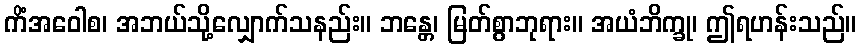
ကိံအဝေါစ၊ အဘယ်သို့လျှောက်သနည်း။ ဘန္တေ၊ မြတ်စွာဘုရား။ အယံဘိက္ခု၊ ဤရဟန်းသည်။